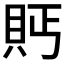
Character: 𮙴